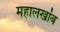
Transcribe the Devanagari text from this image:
महालखांब